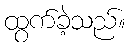
ထွက်ခဲ့သည်။